画像に写った文字を読んでください
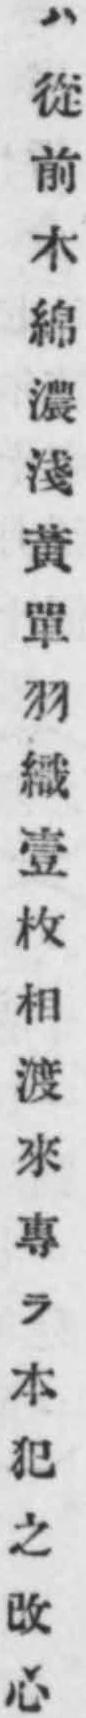
「ハ從前木綿濃淺黃單羽織壹枚相渡來專ラ本犯之改心」と書いてあります